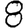
Digit: 8